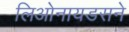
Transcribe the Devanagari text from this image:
लिओनायडसने